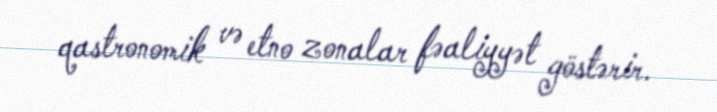
qastronomik və etno zonalar fəaliyyət göstərir.